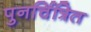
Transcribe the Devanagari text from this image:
पुनर्चित्रित